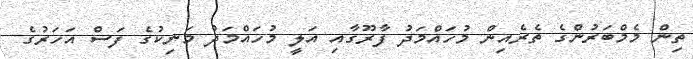
ތިން މެމްބަރުންގެ ތެރެއިން މުހައްމަދު ފާރޫގާއި އަލީ މުހައްމަދު މަނިކުގެ ފަސް އަހަރުގެ